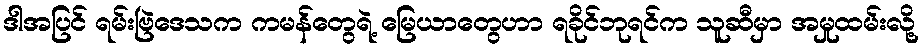
ဒါအပြင် ရမ်းဗြဲဒေသက ကမန်တွေရဲ့ မြေယာတွေဟာ ရခိုင်ဘုရင်က သူဆီမှာ အမှုထမ်းလို့